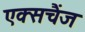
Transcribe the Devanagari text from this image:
एक्सचैंज